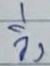
วิ่ง